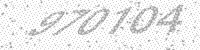
Solution: 970104